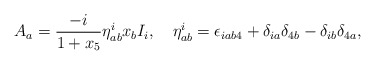
\begin{align*}A_a = \frac{-i}{1 + x_5} \eta_{a b}^i x_b I_i, \quad \eta_{ab}^i = \epsilon_{i a b 4} + \delta_{i a}\delta_{4 b} - \delta_{ib}\delta_{4 a},\end{align*}